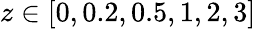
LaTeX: z\in[0,0.2,0.5,1,2,3]